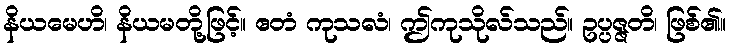
နိယမေဟိ၊ နိယမတို့ဖြင့်။ ဧတံ ကုသလံ၊ ဤကုသိုလ်သည်။ ဥပ္ပဇ္ဇတိ၊ ဖြစ်၏။